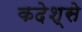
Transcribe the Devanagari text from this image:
कदेश्से